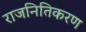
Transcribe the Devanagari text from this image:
राजनितिकरण